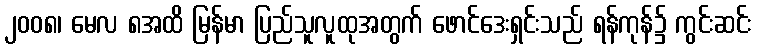
၂၀၀၈၊ မေလ ၈အထိ မြန်မာ ပြည်သူလူထုအတွက် ဖောင်ဒေးရှင်းသည် ရန်ကုန်၌ ကွင်းဆင်း